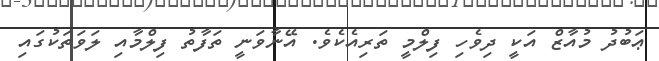
ޢަބުދު މުއާޒް އަކީ ދިވެހި ފިލްމީ ތަރިއެކެވެ. އޭނާވަނީ ތަފާތު ފިލްމާއި ލަވަތަކުގައި